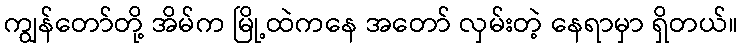
ကျွန်တော်တို့ အိမ်က မြို့ထဲကနေ အတော် လှမ်းတဲ့ နေရာမှာ ရှိတယ်။